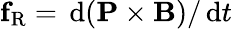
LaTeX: \mathbf f_{\mathrm{R}}=\, \mathrm{d}(\mathbf P\times\mathbf B)/\, \mathrm{d}t